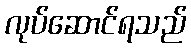
လုပ်ဆောင်ရသည်